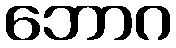
ဘောဂ